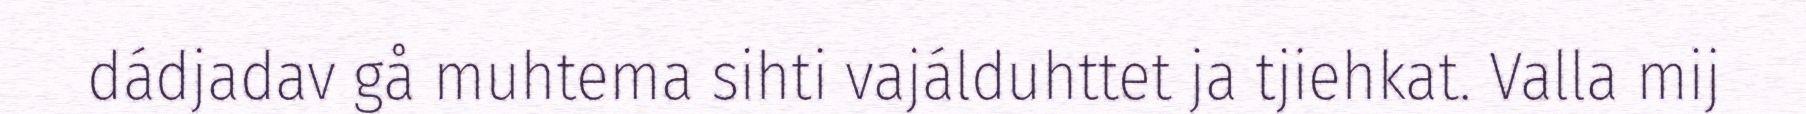
dádjadav gå muhtema sihti vajálduhttet ja tjiehkat. Valla mij